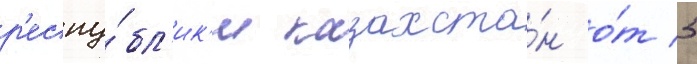
р'еспу́бл'ик'и казахста́н о́т 5